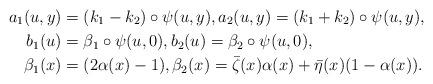
LaTeX: \begin{align*}a_1(u,y) &= (k_1-k_2)\circ\psi(u,y), a_2(u,y) = (k_1+k_2)\circ \psi(u,y),\\b_1(u) & = \beta_1 \circ \psi(u,0), b_2(u) = \beta_2 \circ \psi(u,0),\\\beta_1(x) &= (2\alpha(x)-1),\beta_2(x) = \bar \zeta(x)\alpha(x) + \bar \eta(x)(1-\alpha(x)).\end{align*}